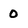
Character: 0